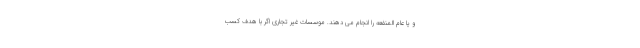
و یا عام المنفعه را انجام می دهند. موسسات غیر تجاری اگر با هدف کسب